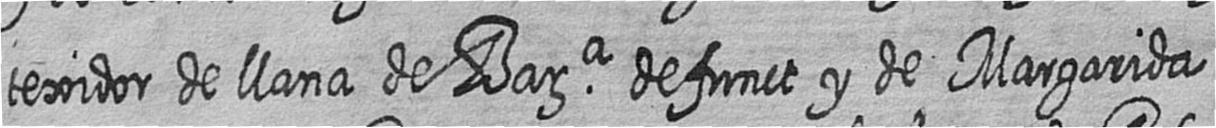
texidor de llana de Bara defunct y de Margarida